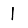
Digit: 1